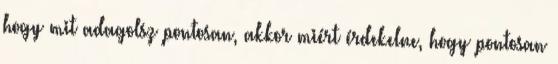
hogy mit adagolsz pontosan, akkor miért érdekelne, hogy pontosan